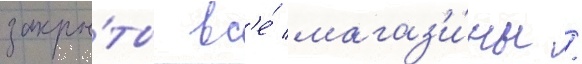
закры́ты вс'е́ магаз'и́ны /